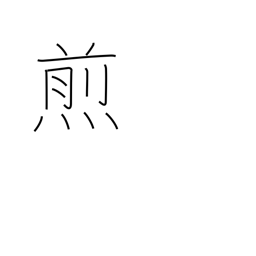
Meaning: broil